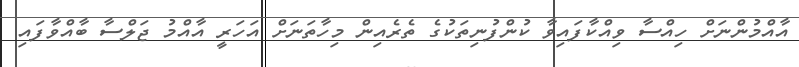
އާއްމުންނަށް ހިއްސާ ވިއްކާފައިވާ ކުންފުނިތަކުގެ ތެރެއިން މިހާތަނަށް އަހަރީ އާއްމު ޖަލްސާ ބާއްވާފައި